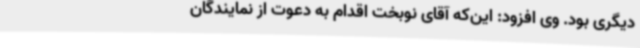
دیگری بود. وی افزود: این‌که آقای نوبخت اقدام به دعوت از نمایندگان